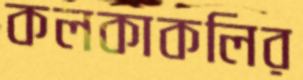
কলকাকলির